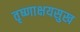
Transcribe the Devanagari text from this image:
तृष्णाक्षयसुख